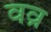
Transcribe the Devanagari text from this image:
वव्र